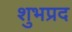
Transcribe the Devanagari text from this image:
शुभप्रद